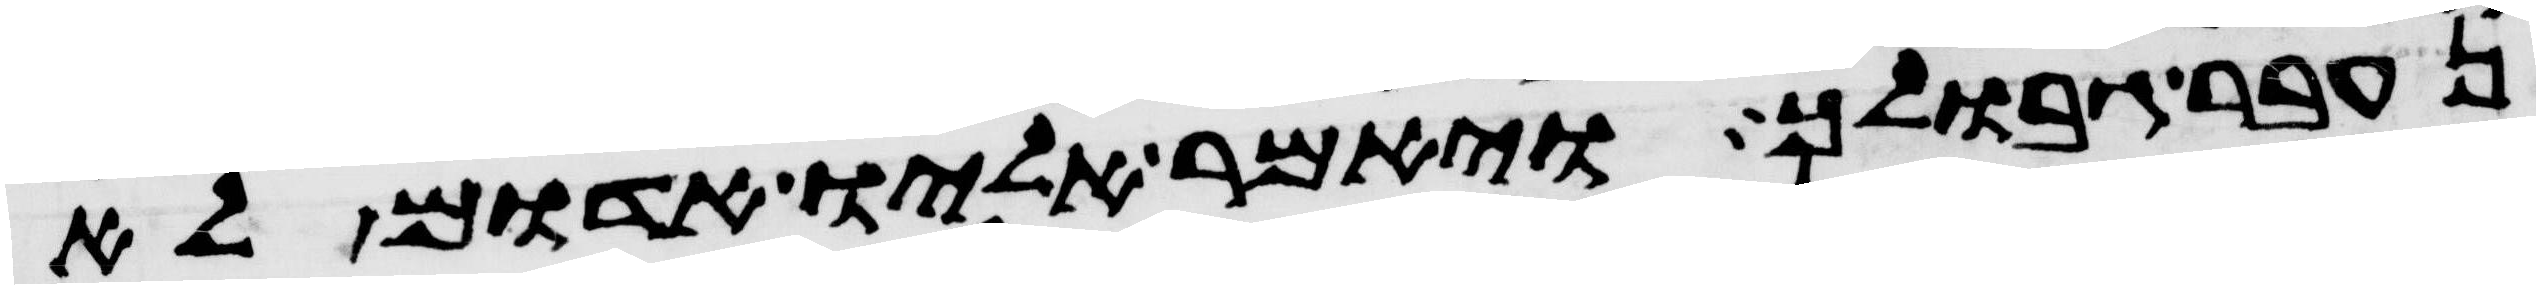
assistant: נעבר גבולך ויאמר אליו אדום לא